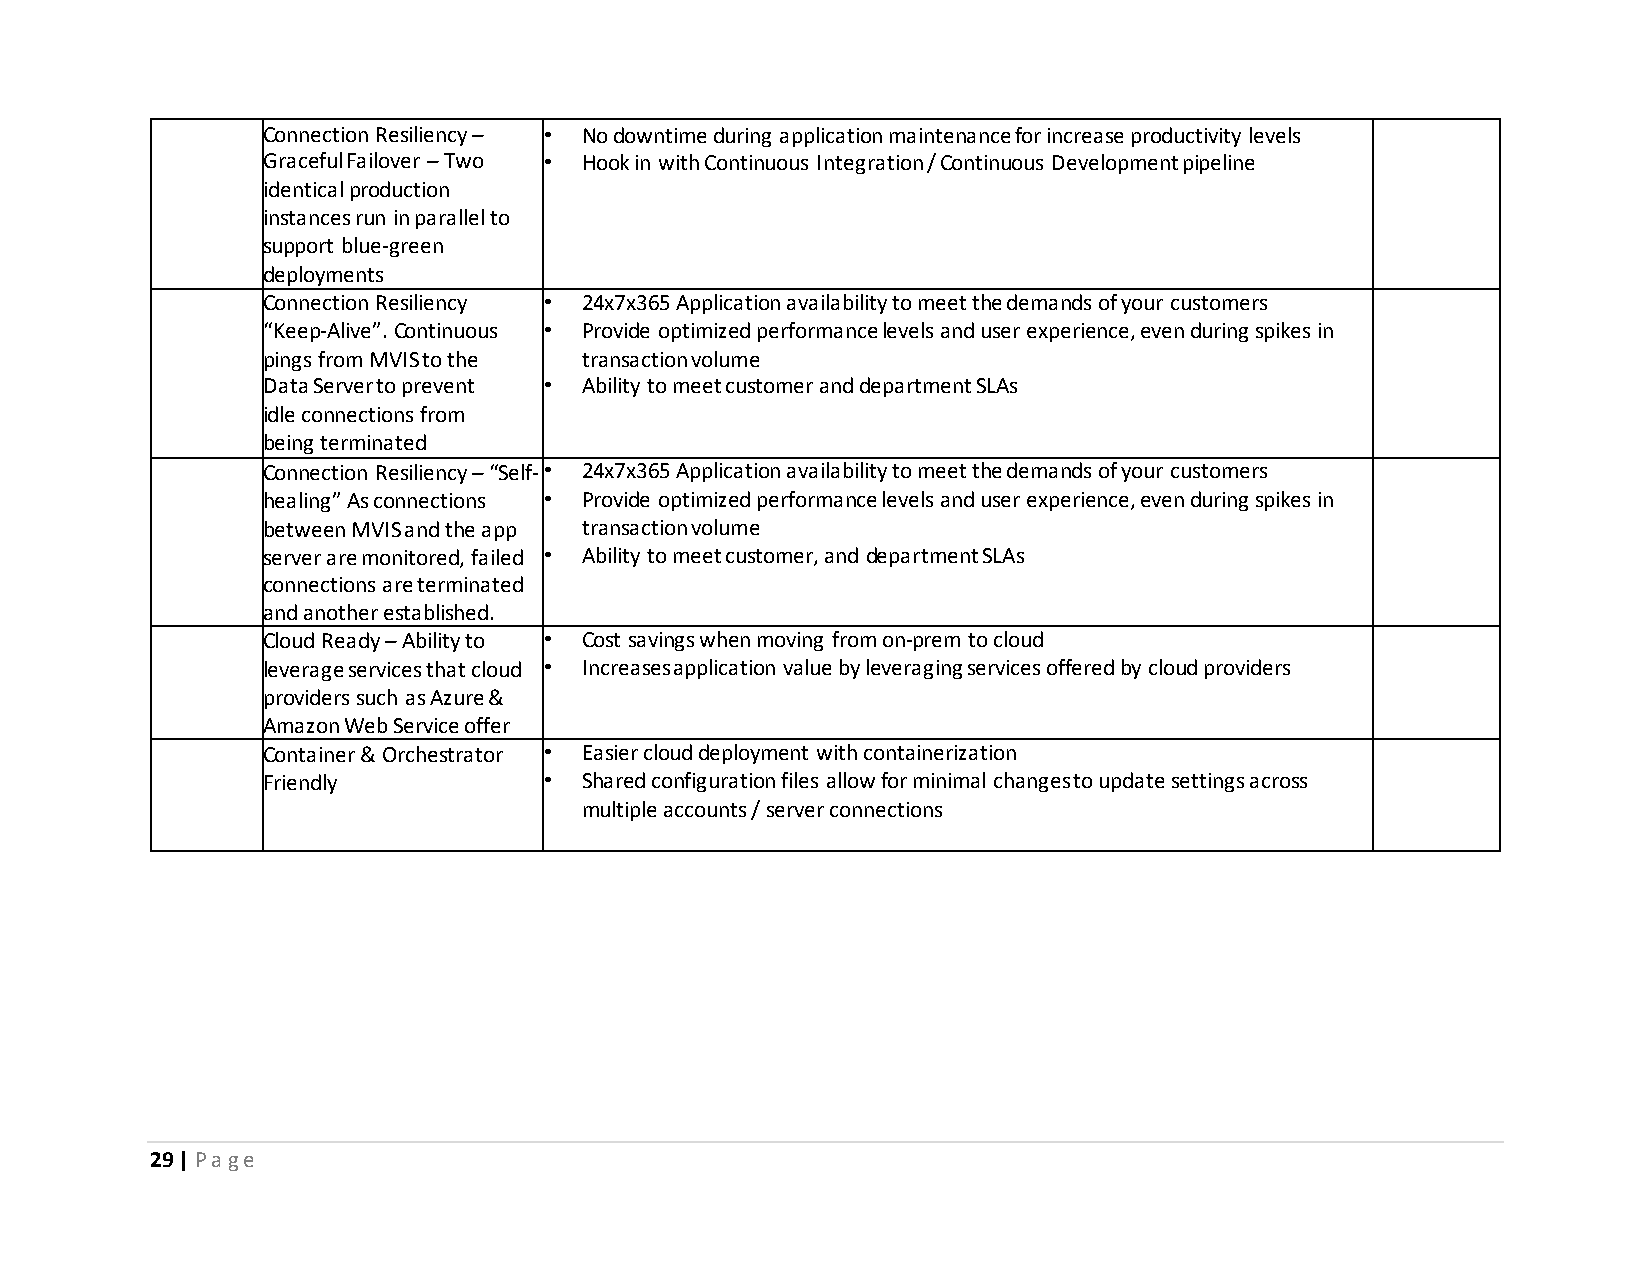
Connection Resiliency – • No downtime during application maintenance for increase productivity levels
 Graceful Failover – Two • Hook in with Continuous Integration / Continuous Development pipeline
 identical production
 instances run in parallel to
 support blue-green
 deployments
 Connection Resiliency • 24x7x365 Application availability to meet the demands of your customers
 “Keep-Alive”. Continuous • Provide optimized performance levels and user experience, even during spikes in
 pings from MVIS to the transaction volume
 Data Server to prevent • Ability to meet customer and department SLAs
 idle connections from
 being terminated
 Connection Resiliency – “Self-• 24x7x365 Application availability to meet the demands of your customers
 healing” As connections • Provide optimized performance levels and user experience, even during spikes in
 between MVIS and the app transaction volume
 server are monitored, failed • Ability to meet customer, and department SLAs
 connections are terminated
 and another established.
 Cloud Ready – Ability to • Cost savings when moving from on-prem to cloud
 leverage services that cloud • Increases application value by leveraging services offered by cloud providers
 providers such as Azure &
 Amazon Web Service offer
 Container & Orchestrator • Easier cloud deployment with containerization
 Friendly           •  Shared configuration files allow for minimal changes to update settings across
 multiple accounts / server connections
 29 | P a g e